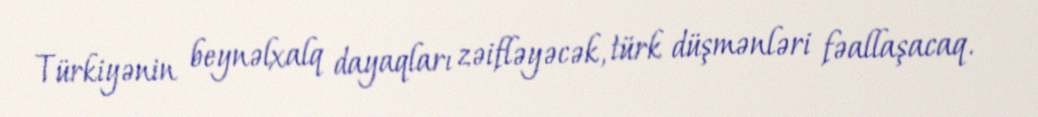
Türkiyənin beynəlxalq dayaqları zəifləyəcək, türk düşmənləri fəallaşacaq.